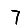
Digit: 7